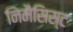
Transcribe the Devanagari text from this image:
निमैसिस्ट